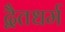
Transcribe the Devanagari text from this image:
द्वैतधर्म